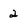
Character: 2